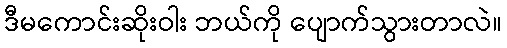
ဒီမကောင်းဆိုးဝါး ဘယ်ကို ပျောက်သွားတာလဲ။